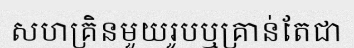
សហគ្រិនមួយរូបឬគ្រាន់តែជា